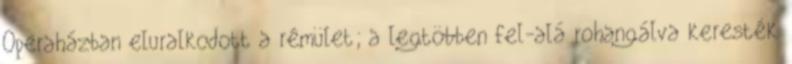
Operaházban eluralkodott a rémület; a legtöbben fel-alá rohangálva keresték